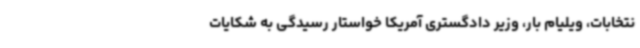
نتخابات، ویلیام بار، وزیر دادگستری آمریکا خواستار رسیدگی به شکایات